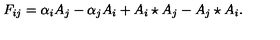
F _ { i j } = \alpha _ { i } A _ { j } - \alpha _ { j } A _ { i } + A _ { i } \star A _ { j } - A _ { j } \star A _ { i } .